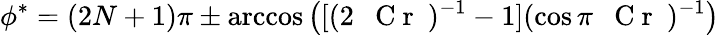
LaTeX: \phi^{*}=(2N+1)\pi\pm\operatorname{arccos}{\left([(2\mathrm{~\textit~{~C~r~}~})^{-1}-1](\cos\pi\mathrm{~\textit~{~C~r~}~})^{-1}\right)}